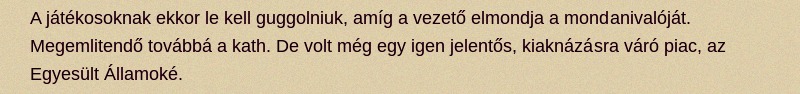
A játékosoknak ekkor le kell guggolniuk, amíg a vezető elmondja a mondanivalóját. Megemlitendő továbbá a kath. De volt még egy igen jelentős, kiaknázásra váró piac, az Egyesült Államoké.